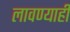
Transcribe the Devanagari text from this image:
लावण्याही